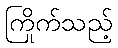
ကြိုက်သည့်